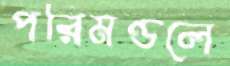
পরিমণ্ডলে